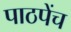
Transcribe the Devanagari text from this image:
पाठपेंच